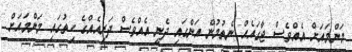
މަންމައަށް އެއްވެސް ޖާގައެއް ނެތުމުން އަންގައި ދެނީ އެއްވެސް ދަރިއެއްގެ ހިތުގައި މަންމައަށް